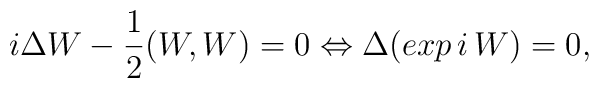
i\Delta W -{1\over 2} (W,W) = 0 \Leftrightarrow \Delta(exp\,i\,W)=0,